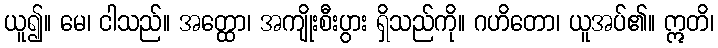
ယူ၍။ မေ၊ ငါသည်။ အတ္ထော၊ အကျိုးစီးပွား ရှိသည်ကို။ ဂဟိတော၊ ယူအပ်၏။ ဣတိ၊